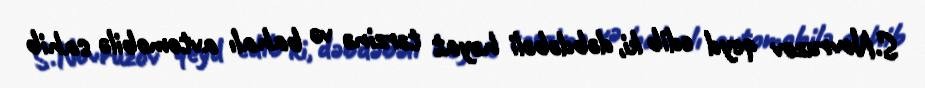
S.Novruzov qeyd edib ki, dəbdəbəli həyat tərzinə və bahalı avtomobilə sahib